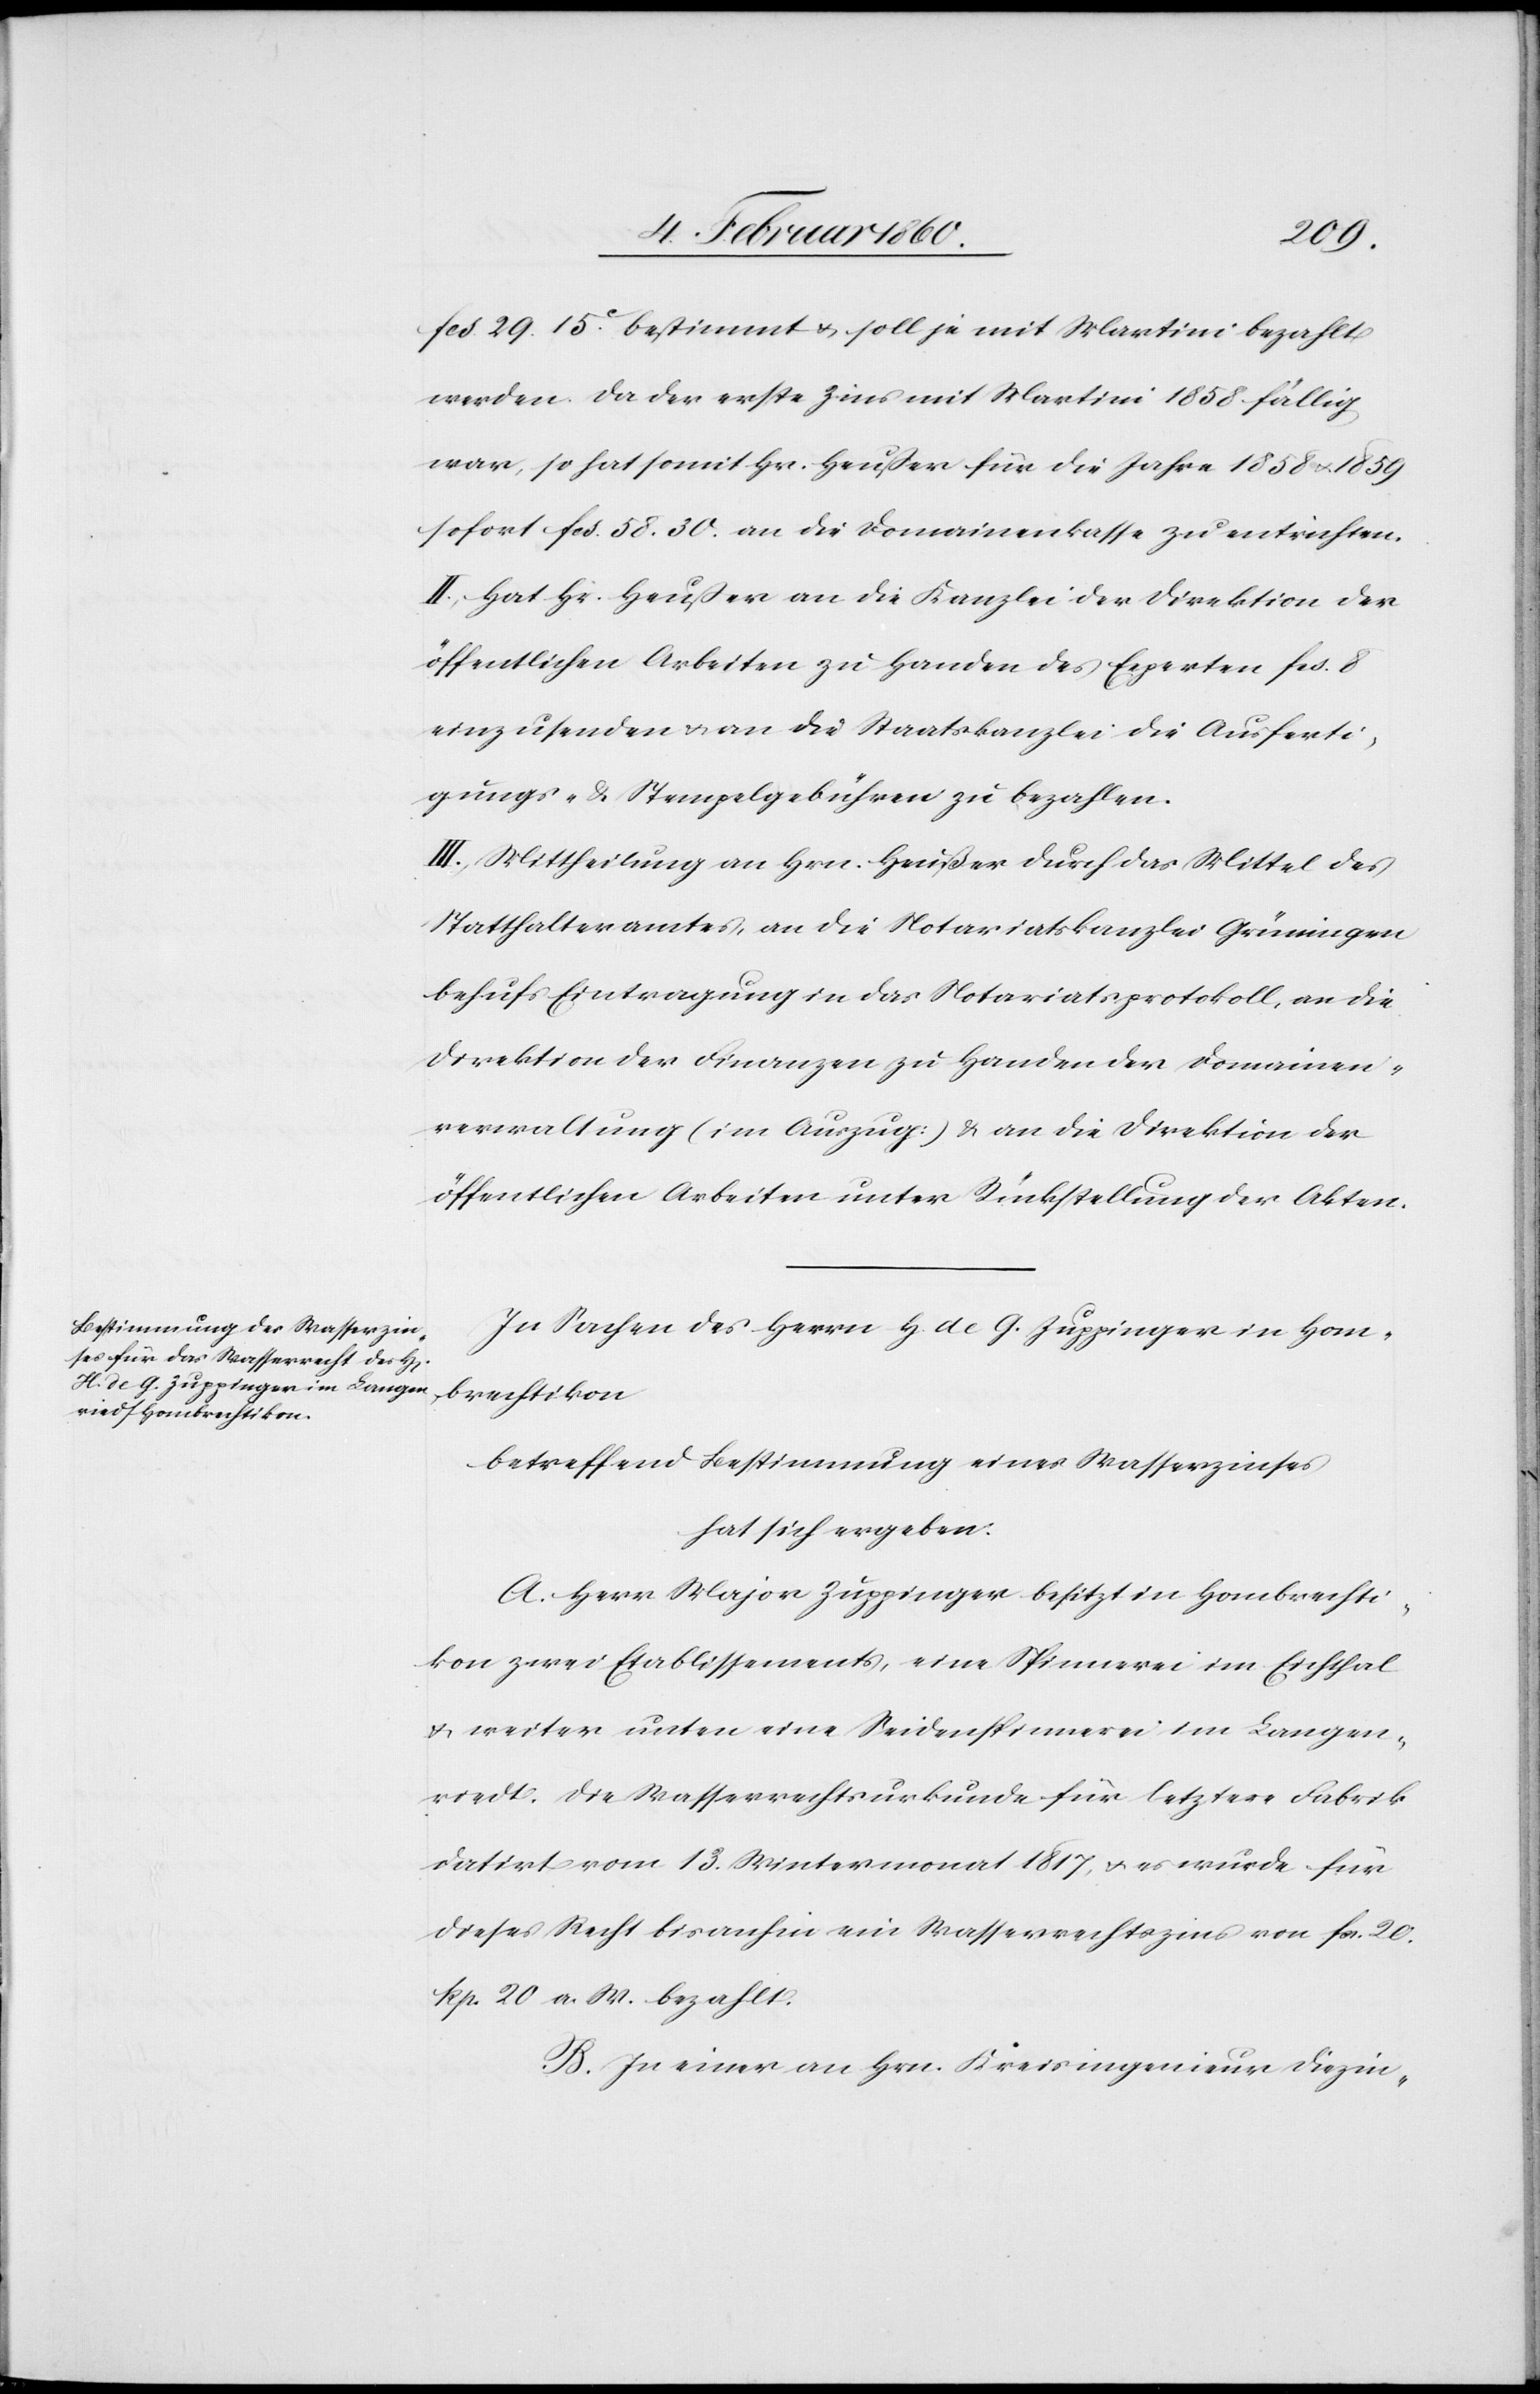
fcs. 29. 15C bestimmt u. soll je mit Martini bezahlt
werden. Da der erste Zins mit Martini 1858 fällig
war, so hat somit Hr. Heußer für die Jahre 1858 u. 1859
sofort fcs. 58. 30. an die Domainenkasse zu entrichten.
II. Hat Hr. Heußer an die Kanzlei der Direktion der
öffentlichen Arbeiten zu Handen des Experten fcs. 8.
einzusenden u. an die Staatskanzlei die Ausferti¬
gungs- u. Stempelgebühren zu bezahlen.
III. Mittheilung an Hrn. Heußer durch das Mittel des
Statthalteramtes, an die Notariatskanzlei Grüningen
behufs Eintragung in das Notariatsprotokoll, an die
Direktion der Finanzen zu Handen der Domainen¬
verwaltung (im Auszug) u. an die Direktion der
öffentlichen Arbeiten unter Rückstellung der Akten.
In Sachen des Herrn H. de G. Zuppinger in Hom¬
brechtikon
betreffend Bestimmung eines Wasserzinses
hat sich ergeben:
A. Herr Major Zuppinger besitzt in Hombrechti¬
kon zwei Etablissements, eine Spinnerei im Eichthal
u. weiter unten eine Seidenspinnerei im Langen¬
riedt. Die Wasserrechtsurkunde für letztere Fabrik
datirt vom 13. Wintermonat 1817 u. es wurde für
dieses Recht bis anhin ein Wasserrechtszins von fcs. 20.
Rp. 20. A. W. bezahlt.
B. In einer an Hrn. Kreisingenieur Diezin-